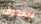
سيعرف